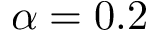
\alpha = 0 . 2